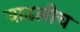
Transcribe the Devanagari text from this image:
वाढलीच